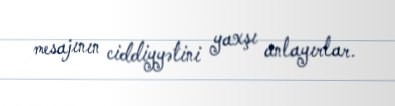
mesajının ciddiyyətini yaxşı anlayırlar.